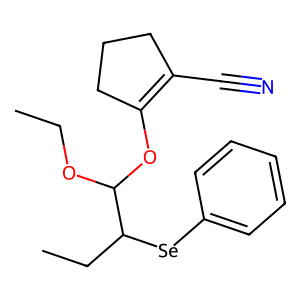
SMILES: CCOC(OC1=C(C#N)CCC1)C(CC)[Se]c1ccccc1
Inhibits HIV replication: No